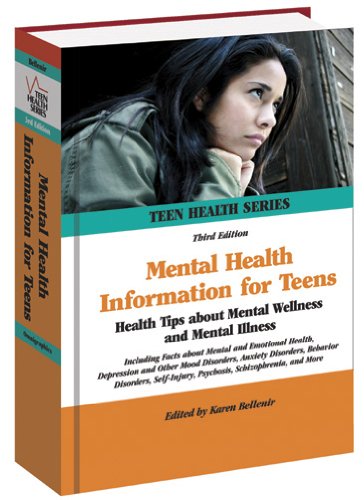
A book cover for Mental Health Information for Teens: Health Tips about Mental Wellness and Mental Illness: Including Facts about Mental and Emotional Health, ... Mood Disorders, Anxiety (Teen Health Series); Teen & Young Adult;